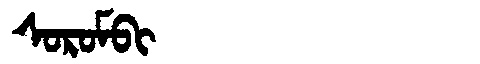
Manchu: ᠰᠣᡵᠣᠮᠪᡳ
Romanization: SOROMBI